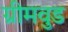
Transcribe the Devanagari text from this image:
ग्रीमवुड